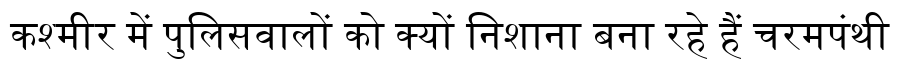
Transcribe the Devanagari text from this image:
कश्मीर में पुलिसवालों को क्यों निशाना बना रहे हैं चरमपंथी